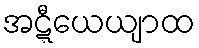
အဋ္ဋီယေယျာထ